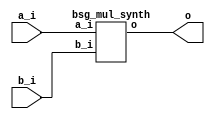


module top
(
  a_i,
  b_i,
  o
);

  input [15:0] a_i;
  input [15:0] b_i;
  output [31:0] o;

  bsg_mul_synth
  wrapper
  (
    .a_i(a_i),
    .b_i(b_i),
    .o(o)
  );


endmodule



module bsg_mul_synth
(
  a_i,
  b_i,
  o
);

  input [15:0] a_i;
  input [15:0] b_i;
  output [31:0] o;
  wire [31:0] o;
  assign o = a_i * b_i;

endmodule